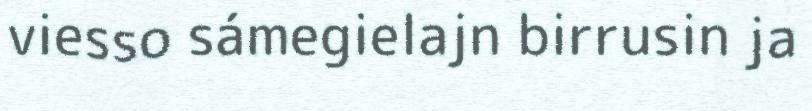
viesso sámegielajn birrusin ja